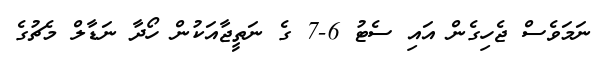
ނަމަވެސް ޖެހިގެން އައި ސެޓު 6-7 ގެ ނަތީޖާއަކުން ހޯދާ ނަޑާލް މެޗުގެ